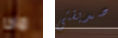
ماذا صديقتى